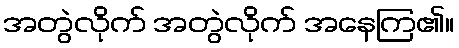
အတွဲလိုက် အတွဲလိုက် အနေကြ၏။